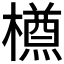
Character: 𣜃